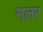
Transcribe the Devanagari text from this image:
मलर